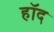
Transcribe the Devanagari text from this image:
हॉद